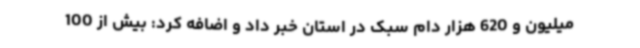
میلیون و 620 هزار دام سبک در استان خبر داد و اضافه کرد: بیش از 100